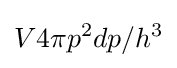
V4\pi p^{2}dp/h^{3}